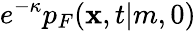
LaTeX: e^{-\kappa}p_{F}(\mathbf{x},t|m,0)